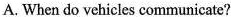
A. When do vehicles communicate?